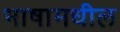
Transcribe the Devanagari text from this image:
भाषामधील